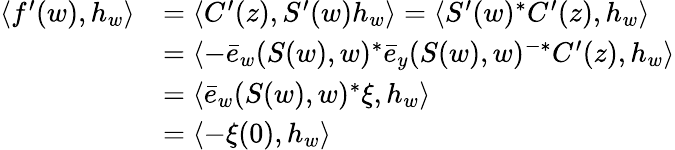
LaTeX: \begin{array}{rl}{\langle f^{\prime}(w),h_{w}\rangle}&{=\langle C^{\prime}(z),S^{\prime}(w)h_{w}\rangle=\langle S^{\prime}(w)^{*}C^{\prime}(z),h_{w}\rangle}\\ &{=\langle-\bar{e}_{w}(S(w),w)^{*}\bar{e}_{y}(S(w),w)^{-*}C^{\prime}(z),h_{w}\rangle}\\ &{=\langle\bar{e}_{w}(S(w),w)^{*}\xi,h_{w}\rangle}\\ &{=\langle-\xi(0),h_{w}\rangle}\end{array}